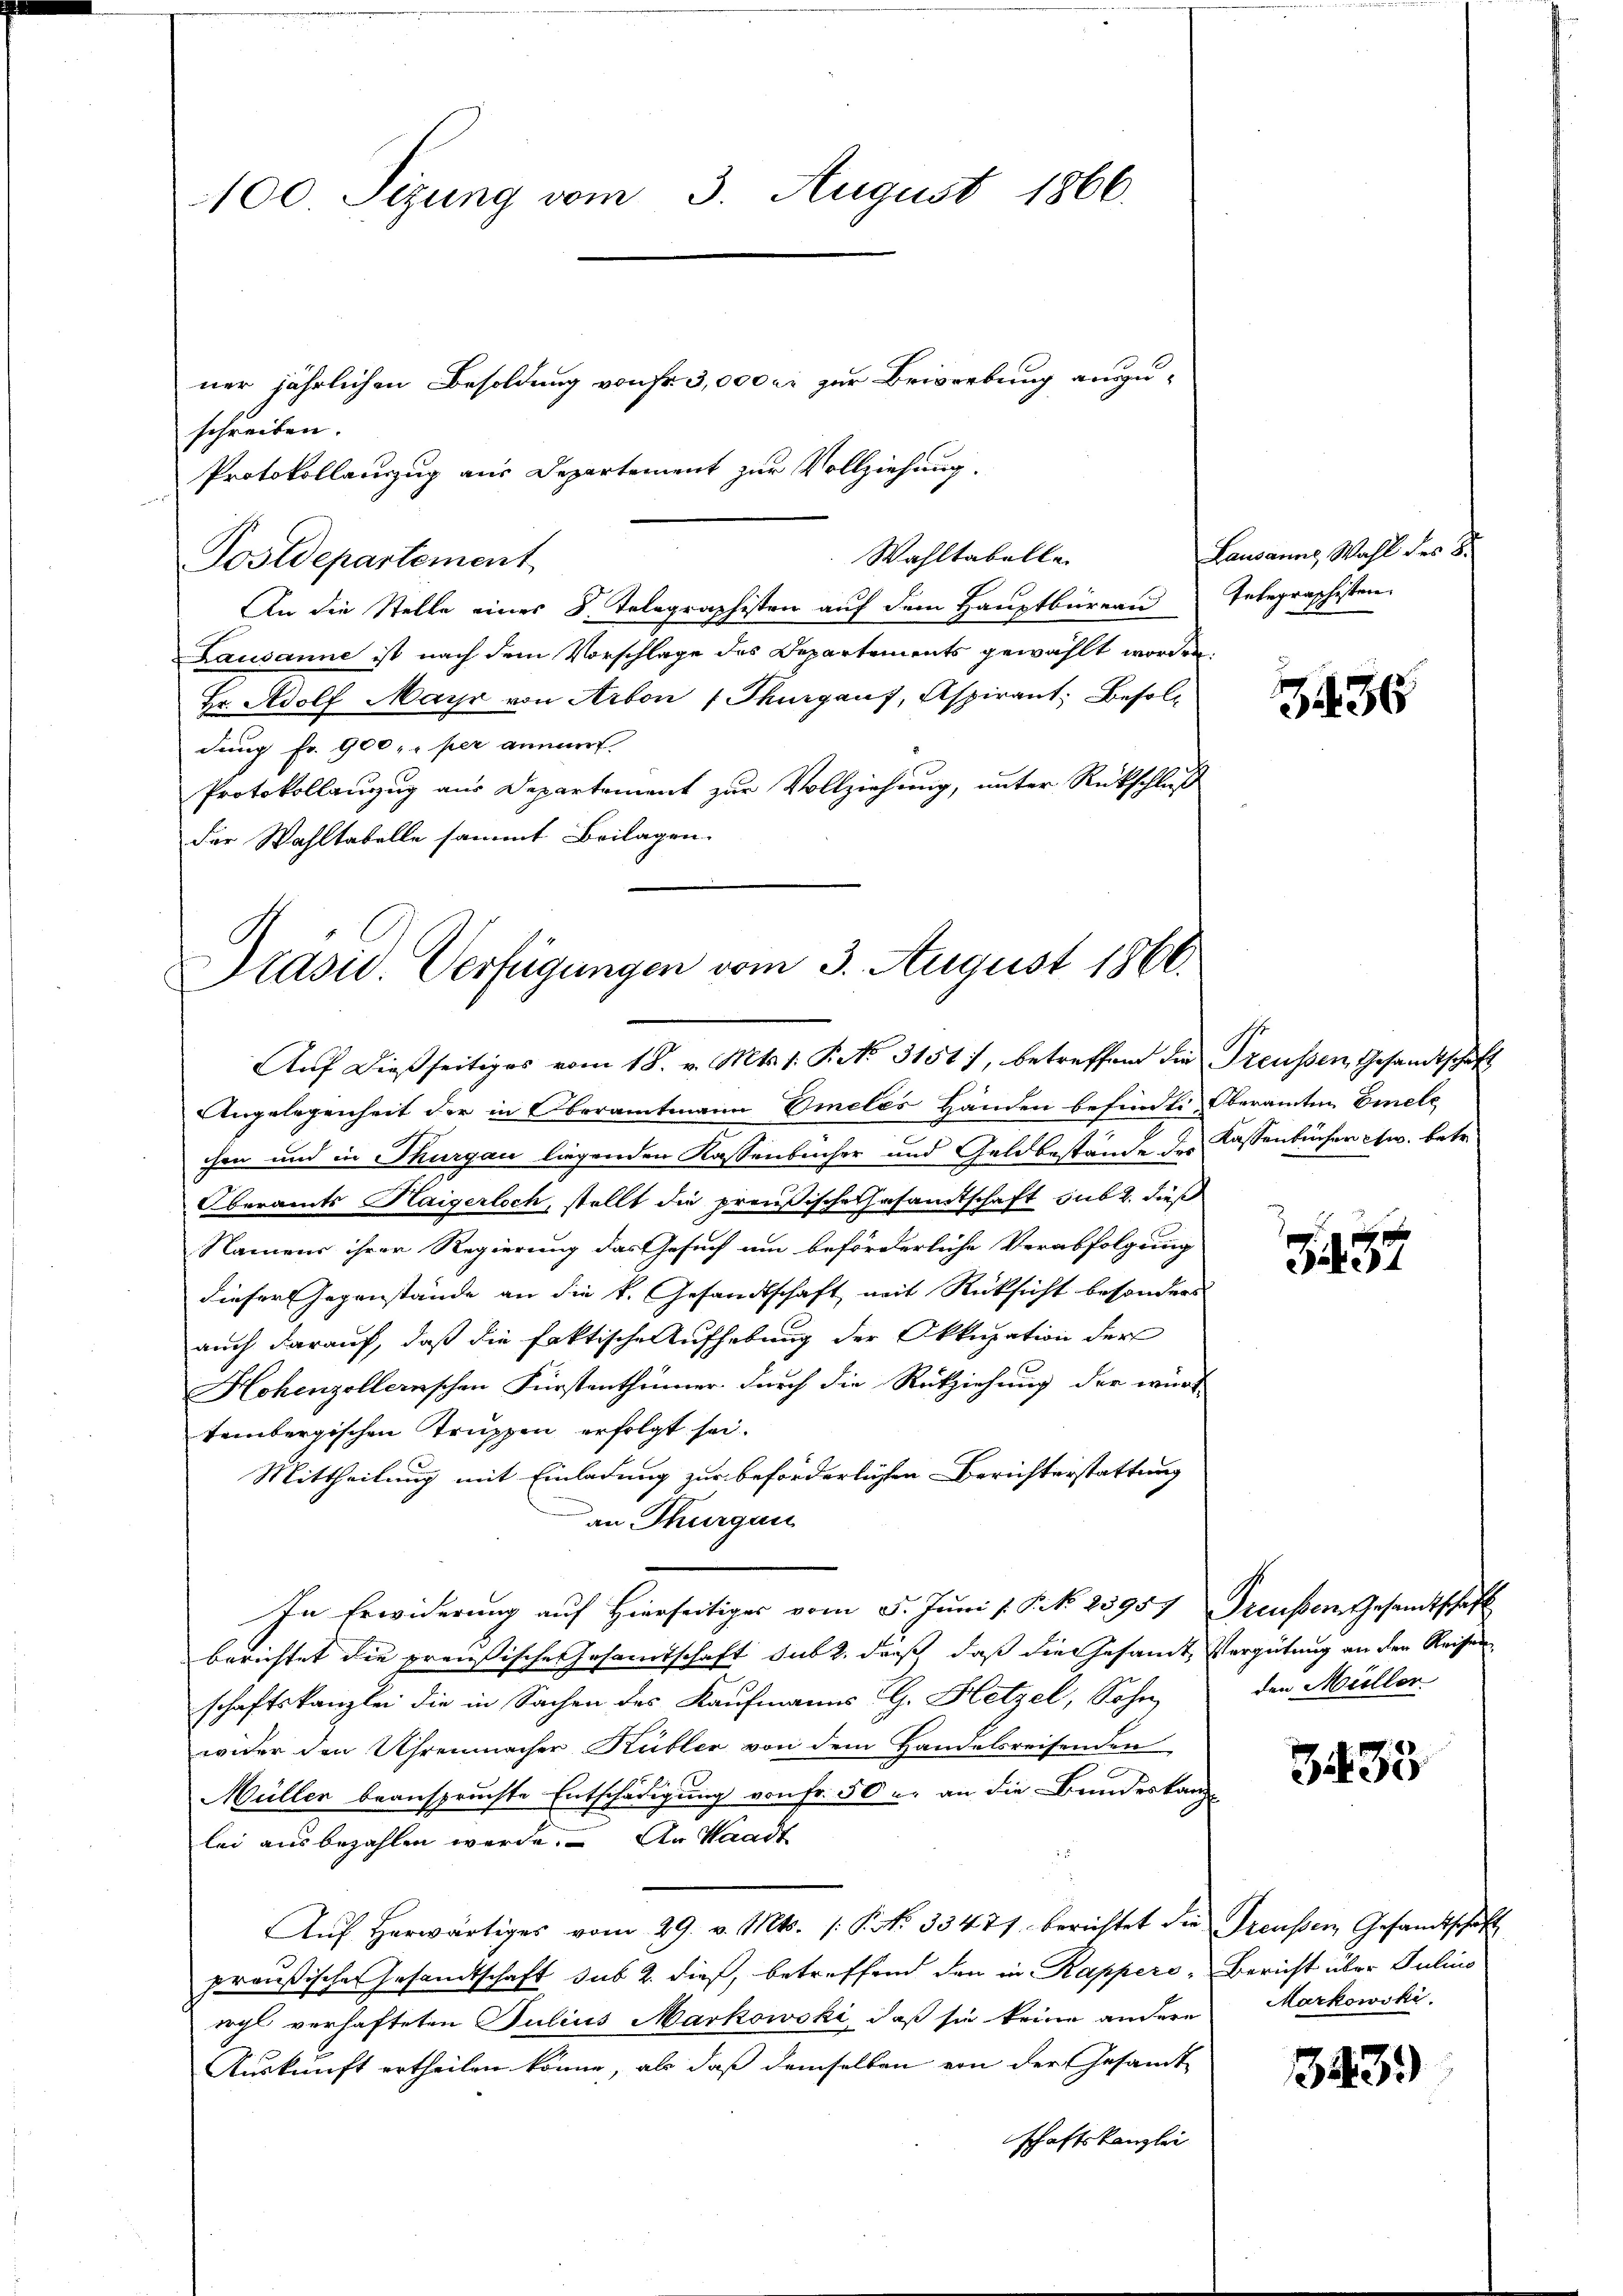
100 Sizung vom 3. August 1866.

schreiben.

Postdepartement
An die Stelle eines 8. Telegraphisten auf dem Hauptbüreau
Lausanne ist nach dem Vorschlage des Departements gewählt worden,
Hr. Adolf Mayr von Arbon Thurgauf, Aspirant. Besoldung fr. 900 per annamt
Protokollanzug aus Departement zur Vollziehung, unter Rückschluß
der Wahltabelle sammt Beilagen.

ner jährlichen Besoldung von fr. 3,000 er zur Bewerbung auszu¬

Protokollauszug aus Departement zur Vollziehung.

Wahltabelle

Präsid. Verfügungen vom 3. August 1866.
Auf dießseitiges vom 18. v. Mts. s. P. No 3151, betreffend die Treussen Gesandtschaft

Angelegenheit der in Oberamtmann Omeles Händen befindte Oberamten Emele
chen und in Thurgau liegenden Kassenbücher und Geldbestände des Kassenbücher ew. betr.
Oberamts Haigerloch, stellt die preußische Gesamtschaft sub 2. diese
Namens ihrer Regierung das Gesuch um beförderliche Verabfolgung
dieser Gegenstände an die k. Gesandtschaft mit Rücksicht besonders
auch darauf, daß die faktische Aufhebung der Okkupation der
Hohenzollernschen Fürstenthümer durch die Rückziehung der würd
tembergischen Truppen erfolgt sei.
Mittheilung mit Einladung zur beförderlichen Berichterstattung
an Thurgan
In Erwiderung auf Hierseitiges vom 5. Juni s. S. N. 25957 Freusser Gesandtschaft
berichtet die preußische Gesamtschaft sub 2. dieß, daß die Gesandt, Vergütung an den Reisen
schaftskanzlei die in Sachen des Kaufmanns CG. Hetzel, Sohn
wider den Uhrenmacher Kübler von dem Handelsreisenden
Müller beanspruchte Entschädigung von Fr. 50 u. an die Bundeskanzlei ausbezahlen werde. An Waadt
Aŭf herwärtiges vom 29. v. Mts. /: P. Nr. 3347/ berichtet die Greussen Gesandtschaft
preußischer Gesandtschaft sub 2. dieß, betreffend den in Rappers Bericht über Julius
rrgl verhafteten Julius Markowski, daß sie keine andere Markowski-
Auskunft ertheilen könne, als daß demselben von der Gesamt
schaftskanzlei

Lausanns, Wahl des 8.
Inbegraphisten.

3436

3437

den Müller

333

43.)